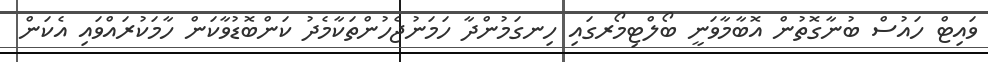
ވައިޓް ހައުސް ބުނާގޮތުން އޮބާމާވަނީ ބޯލްޓިމޯރގައި ހިނގަމުންދާ ހަމަނުޖެހުންތަކާމެދު ކަންބޮޑުވާކަން ހާމަކުރައްވައި އެކަން